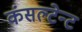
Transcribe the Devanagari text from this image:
कंसल्टेन्ट